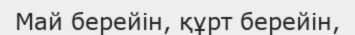
Май берейiн, құрт берейiн,